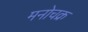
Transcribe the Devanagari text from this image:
मनोचक्र